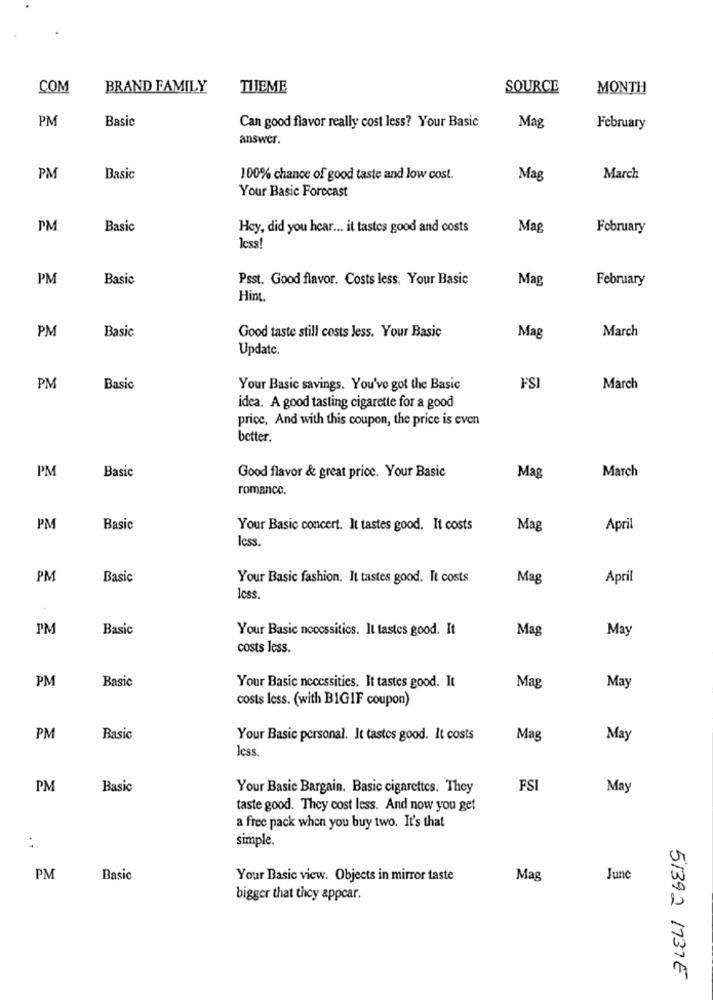
COM
BRAND FAMILY
THEME
SOURCE
MONTH
PM
Basic
Mag
Can good flavor really cost less? Your Basic
February
answer.
PM
Basic
100% chance of good taste and low cost.
Mag
March
Your Basic Forecast
PM
Basic
Hey, did you hear ... it tastes good and costs
Mag
February
less!
PM
Basic
Psst. Good flavor. Costs less. Your Basic
Mag
February
Hint.
PM
March
Basic
Good taste still costs less. Your Basic
Mag
Update.
PM
Basic
Your Basic savings. You've got the Basic
FSI
March
idea. A good tasting cigarette for a good
price, And with this coupon, the price is even
better.
PM
Basic
Good flavor & great price. Your Basic
March
Mag
romance.
PM
Basic
Your Basic concert. It tastes good. It costs
Mag
April
Icss.
PM
Basic
Your Basic fashion, It tastes good. It costs
Mag
April
Icss.
PM
Basic
Your Basic necessities. It tastes good. It
Mag
May
costs less.
PM
Basic
Your Basic necessities. It tastes good. It
Mag
May
costs less. (with BIGIF coupon)
PM
Basic
Your Basic personal. It tastes good. It costs
Mag
May
Icss.
PM
Basic
Your Basic Bargain. Basic cigarettes. They
FSI
May
taste good. They cost less. And now you get
a free pack when you buy two. It's that
. 1
simple.
PM
Basic
Your Basic view. Objects in mirror taste
Mag
June
bigger that they appear.
51392 1737E